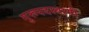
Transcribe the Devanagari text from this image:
गुरूपदस्वामी